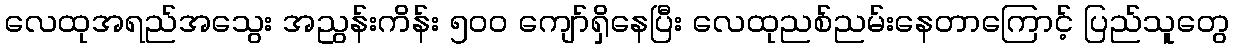
လေထုအရည်အသွေး အညွန်းကိန်း ၅၀၀ ကျော်ရှိနေပြီး လေထုညစ်ညမ်းနေတာကြောင့် ပြည်သူတွေ